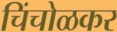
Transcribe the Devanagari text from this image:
चिंचोळकर